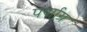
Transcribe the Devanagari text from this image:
पर्णाग्र